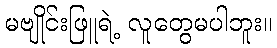
မဗျိုင်းဖြူရဲ့ လူတွေမပါဘူး။